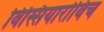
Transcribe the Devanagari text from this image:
विस्सियारोविच